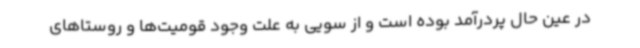
در عین حال پردرآمد بوده است و از سویی به علت وجود قومیت‌ها و روستاهای